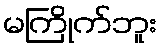
မကြိုက်ဘူး